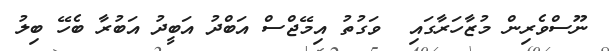
ނޫސްވެރިން މުޒާހަރާގައި  ވަގުތު އިމޭޖްސް އަބްދު އަބީދު އަބުރާ ބެހޭ ބިލު